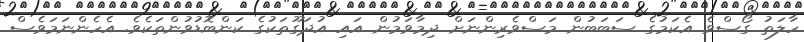
ހާލަތު ގޯސްވެ އެކަމުގެ ސަބަބުން މަސްވެރިންނަށް ދިމާވަމުން އައި އުދަގޫތަކުގެ ކަންބޮޑުވުންތަކެވެ. އެހެންނަމަވެސް